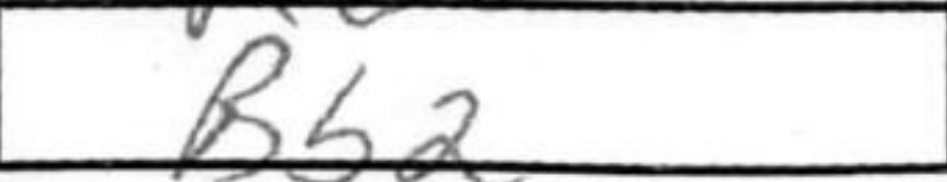
Transcription: Bb2